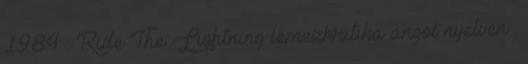
1984 : Ride The Lightning lemezkritika angol nyelven .